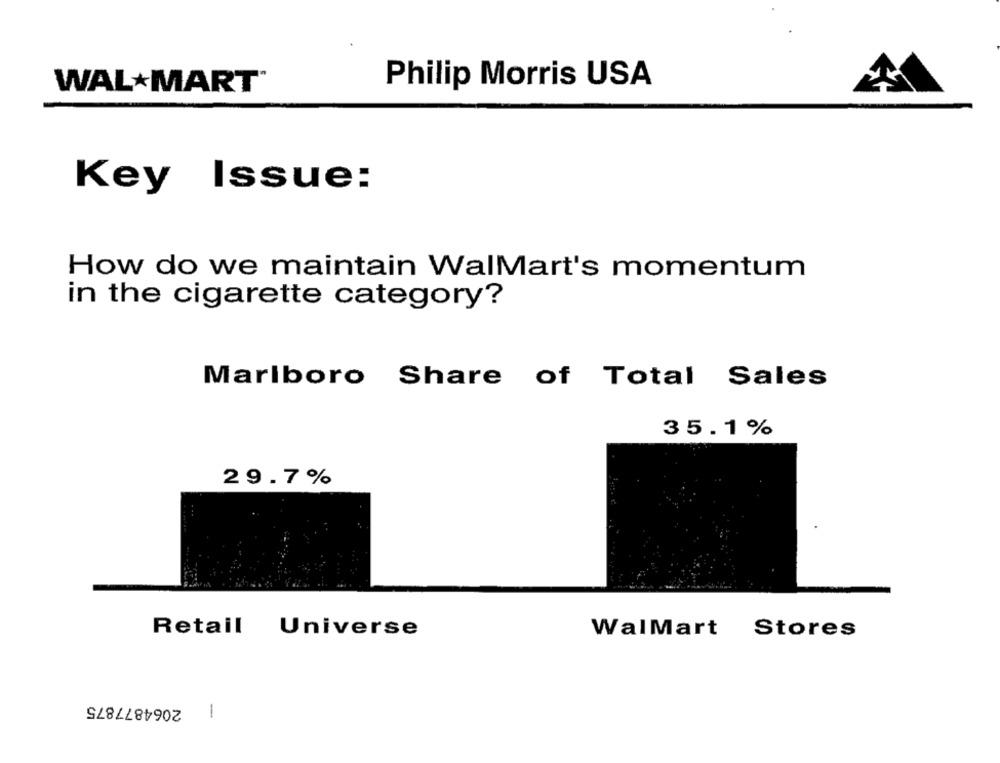
WAL MART®
Philip Morris USA
Key Issue:
How do we maintain WalMart's momentum
in the cigarette category?
Marlboro Share of Total Sales
35.1%
29.7%
Retail
Universe
WalMart Stores
2064877875
1